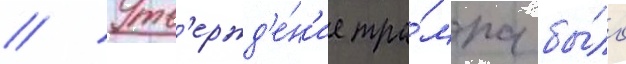
// Утв'ержд'е́н'ие тра́мпа бы́ло